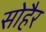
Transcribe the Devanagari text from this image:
सोहैर